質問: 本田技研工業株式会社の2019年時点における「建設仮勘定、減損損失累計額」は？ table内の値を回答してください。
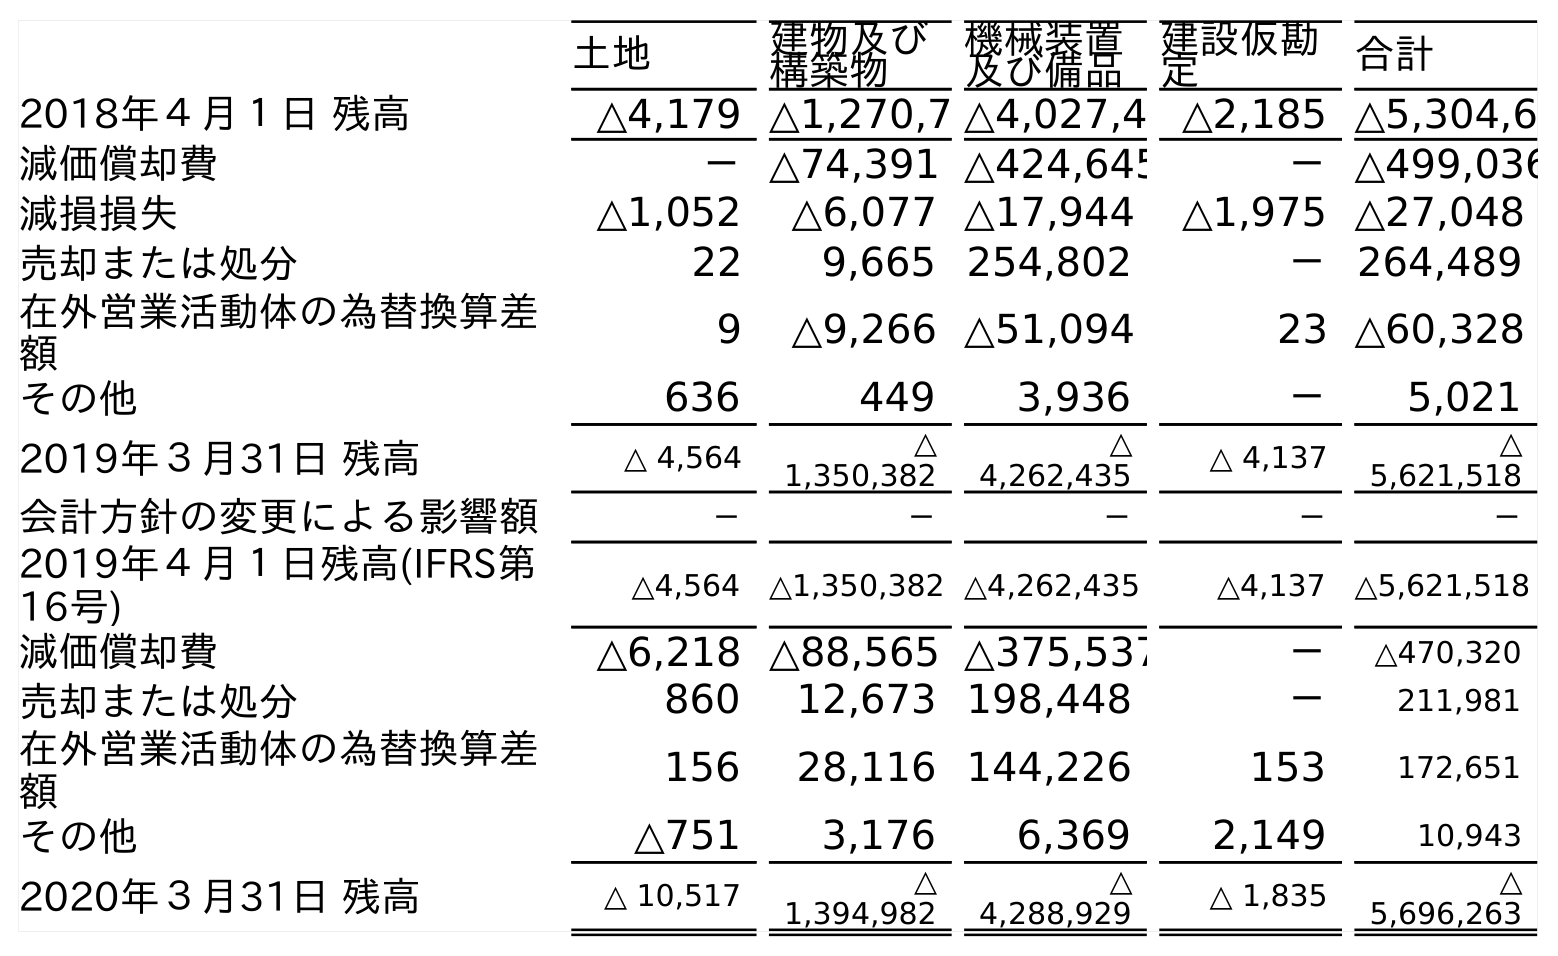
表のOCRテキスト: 土地 建物及び 構築物 機械装置 及び備品 建設仮勘 定 合計 2018年４月１日 残高 △4,179 △1,270,7 △4,027,4 △2,185 △5,304,6 減価償却費 －△74,391 △424,645 －△499,036 減損損失 △1,052 △6,077 △17,944 △1,975 △27,048 売却または処分 22 9,665 254,802 －264,489 在外営業活動体の為替換算差 額 9 △9,266 △51,094 23 △60,328 その他 636 449 3,936 － 5,021 2019年３月31日 残高 △ 4,564 △ 1,350,382 △ 4,262,435 △ 4,137 △ 5,621,518 会計方針の変更による影響額 － － － － － 2019年４月１日残高(IFRS第 16号) △4,564 △1,350,382 △4,262,435 △4,137 △5,621,518 減価償却費 △6,218 △88,565 △375,537 － △470,320 売却または処分 860 12,673 198,448 － 211,981 在外営業活動体の為替換算差 額 156 28,116 144,226 153 172,651 その他 △751 3,176 6,369 2,149 10,943 2020年３月31日 残高 △ 10,517 △ 1,394,982 △ 4,288,929 △ 1,835 △ 5,696,263
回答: △4,137